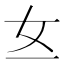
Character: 𱙁